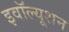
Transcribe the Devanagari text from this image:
इवॉल्यूशन